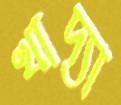
খাদ্যা